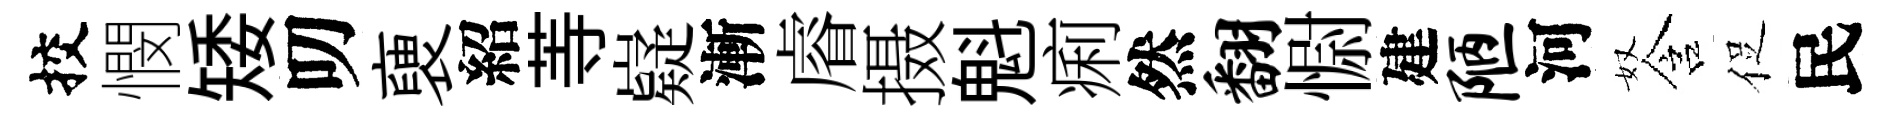
挍憫矮叨褏紹䓁嶷漸𥈠摄魁痢然翻𢠢建陋河奴含促民